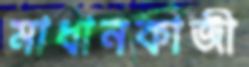
মাধানকাজী